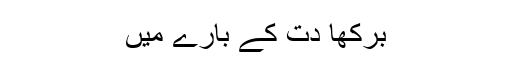
برکھا دت کے بارے میں